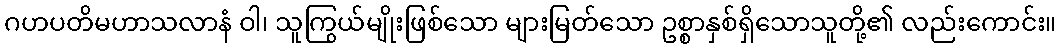
ဂဟပတိမဟာသလာနံ ဝါ၊ သူကြွယ်မျိုးဖြစ်သော များမြတ်သော ဥစ္စာနှစ်ရှိသောသူတို့၏ လည်းကောင်း။